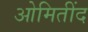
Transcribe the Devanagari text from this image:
ओमितींद